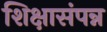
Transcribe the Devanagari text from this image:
शिक्षासंपन्न